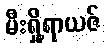
မီးရှို့ရာယဇ်